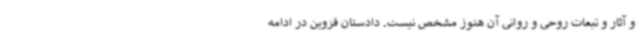
و آثار و تبعات روحی و روانی آن هنوز مشخص نیست. دادستان قزوین در ادامه